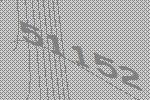
51152